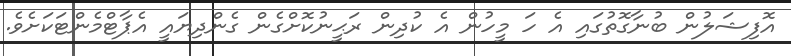
އޮފިޝަލުން ބުނާގޮތުގައި އެ ހަ މީހުން އެ ކުދިން ރަޙީނުކޮށްގެން ގެންދިޔައީ އެޕާޓްމެންޓަކަށެވެ.